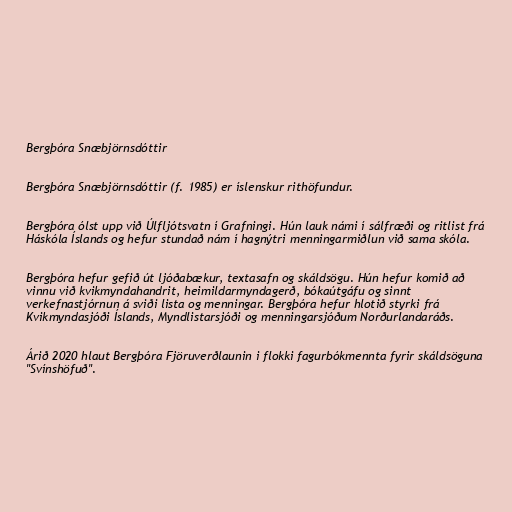
Bergþóra Snæbjörnsdóttir

Bergþóra Snæbjörnsdóttir (f. 1985) er íslenskur rithöfundur.

Bergþóra ólst upp við Úlfljótsvatn í Grafningi. Hún lauk námi í sálfræði og ritlist frá
Háskóla Íslands og hefur stundað nám í hagnýtri menningarmiðlun við sama skóla.

Bergþóra hefur gefið út ljóðabækur, textasafn og skáldsögu. Hún hefur komið að
vinnu við kvikmyndahandrit, heimildarmyndagerð, bókaútgáfu og sinnt
verkefnastjórnun á sviði lista og menningar. Bergþóra hefur hlotið styrki frá
Kvikmyndasjóði Íslands, Myndlistarsjóði og menningarsjóðum Norðurlandaráðs.

Árið 2020 hlaut Bergþóra Fjöruverðlaunin i flokki fagurbókmennta fyrir skáldsöguna
"Svínshöfuð".